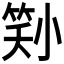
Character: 𡮜